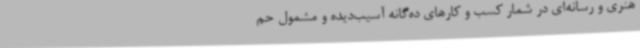
هنری و رسانه‌ای در شمار کسب و کارهای ده‌گانه آسیب‌دیده و مشمول حم